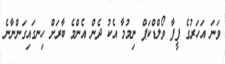
ވަނަ އަހަރުގެ ފީފާ ވޯލްޑްކަޕް ނިމުމާ އެކު ދެން އެންމެ ބާރަށް ހިނގައިގަންނާނެ